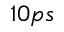
1 0 p s